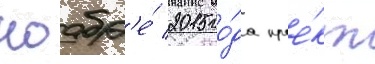
ноабр'е́ 2015 го́да прое́кт